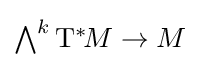
{\textstyle \bigwedge ^{k}\mathrm {T} ^{*}\!M\to M}